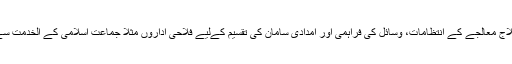
وبا کے علاج معالجے کے انتظامات، وسائل کی فراہمی اور امدادی سامان کی تقسیم کےلیے فلاحی اداروں مثلاً جماعت اسلامی کے الخدمت سے مدد لے۔